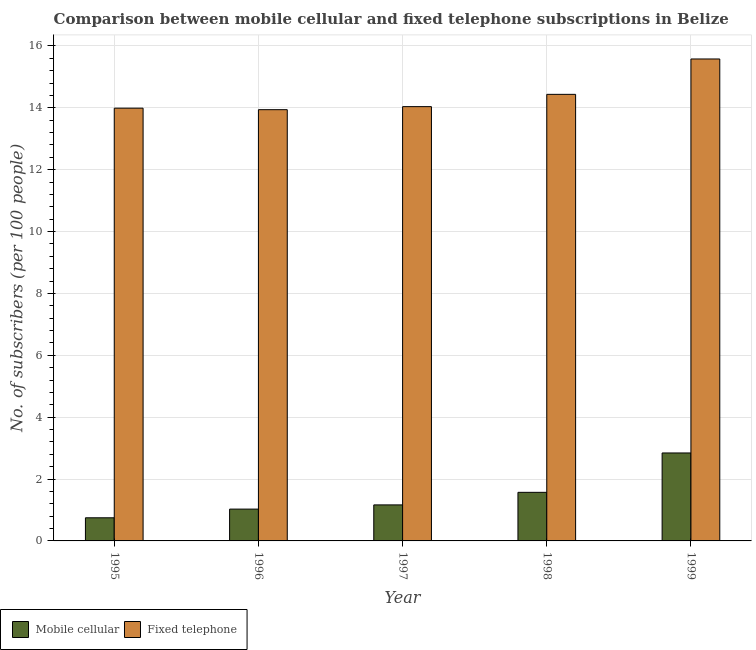
| Year | Mobile cellular | Fixed telephone |
 | --- | --- | --- |
 | 1995 | 0.747 | 14 |
 | 1996 | 1.03 | 13.9 |
 | 1997 | 1.16 | 14 |
 | 1998 | 1.57 | 14.4 |
 | 1999 | 2.84 | 15.6 |